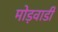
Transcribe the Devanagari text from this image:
मोड़वाडी